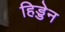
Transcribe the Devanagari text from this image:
हिड्डेन